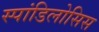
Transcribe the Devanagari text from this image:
स्पांडिलोसिस